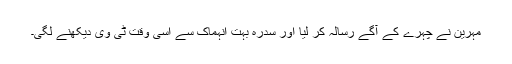
مہرین نے چہرے کے آگے رسالہ کر لیا اور سدرہ بہت انہماک سے اسی وقت ٹی وی دیکھنے لگی۔